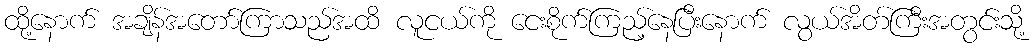
ထို့နောက် အချိန်အတော်ကြာသည်အထိ လူငယ်ကို ငေးစိုက်ကြည့်နေပြီးနောက် လွယ်အိတ်ကြီးအတွင်းသို့